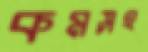
কমসহ